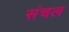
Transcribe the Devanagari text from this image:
संचल